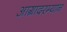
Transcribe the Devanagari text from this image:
आग्रादरम्यान